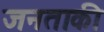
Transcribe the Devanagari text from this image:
जनताकी